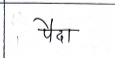
मजकूर: पैदा